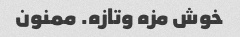
خوش مزه وتازه. ممنون